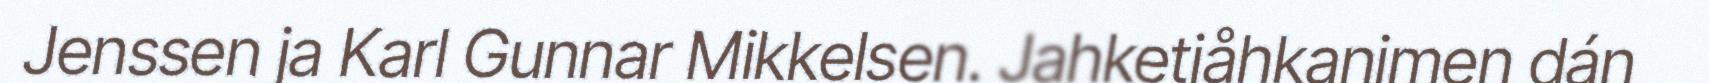
Jenssen ja Karl Gunnar Mikkelsen. Jahketjåhkanimen dán